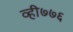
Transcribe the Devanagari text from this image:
व्ही७७६